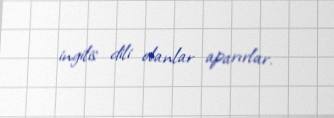
ingilis dili olanlar aparırlar.